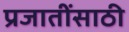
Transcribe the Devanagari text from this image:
प्रजातींसाठी